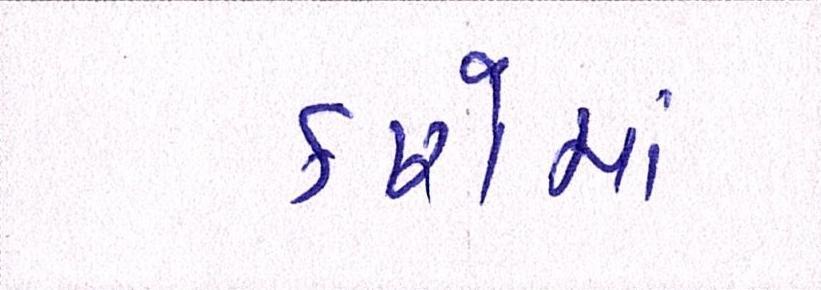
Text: કારોમાં